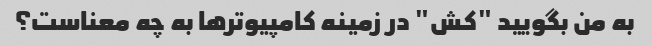
به من بگویید "کش" در زمینه کامپیوترها به چه معناست؟